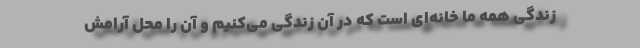
زندگی همه ما خانه‌ای است که در آن زندگی می‌کنیم و آن را محل آرامش